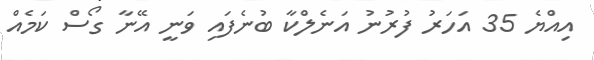
އިއްޔެ 35 އަހަރު ފުރުނު އަނެލްކާ ބުނެފައި ވަނީ އޭނާ ގޯސް ކަމެއް